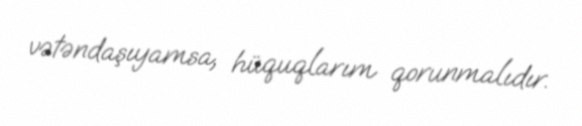
vətəndaşıyamsa, hüquqlarım qorunmalıdır.